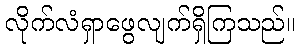
လိုက်လံရှာဖွေလျက်ရှိကြသည်။